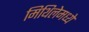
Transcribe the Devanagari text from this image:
मिथिलेमध्ये